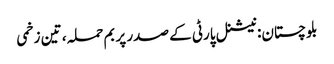
بلوچستان: نیشنل پارٹی کے صدر پر بم حملہ، تین زخمی